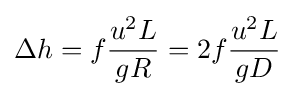
\Delta h=f{\frac {u^{2}L}{gR}}=2f{\frac {u^{2}L}{gD}}